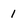
Character: 1